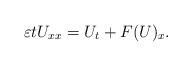
LaTeX: \begin{align*}\varepsilon t U_{xx}=U_t+F(U)_x.\end{align*}